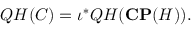
{ \cal Q H } ( { \cal C } ) = \iota ^ { * } { \cal Q H } ( { \bf C P } ( { \cal H } ) ) .